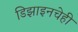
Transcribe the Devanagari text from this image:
डिझाइनचेही